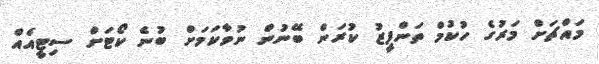
މައްޗަށް މަރުގެ ހުކުމް ތަންފީޒު ކުރަން ބޭނުން ނުވާކަމަށް ބުނެ ކޯޓަށް ސިޓީއެއް